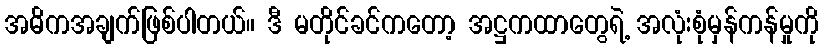
အဓိကအချက်ဖြစ်ပါတယ်။ ဒီ မတိုင်ခင်ကတော့ အဋ္ဌကထာတွေရဲ့ အလုံးစုံမှန်ကန်မှုကို